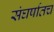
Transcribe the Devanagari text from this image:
संघर्षातच